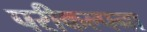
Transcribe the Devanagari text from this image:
परीकल्पना